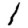
Digit: 1